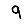
Digit: 9